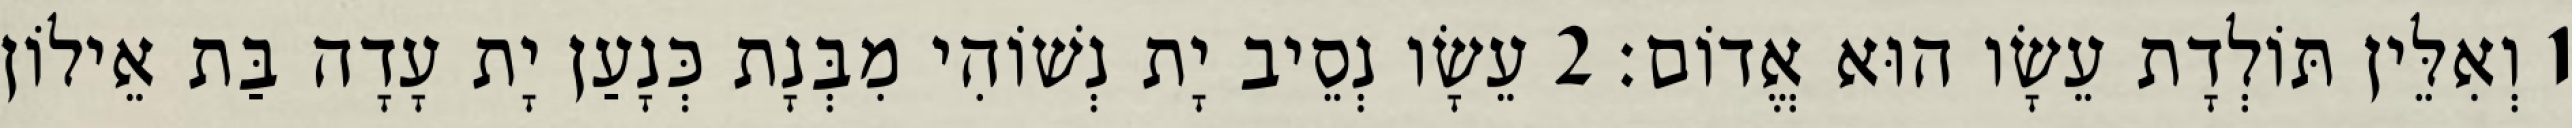
1 וְאִלֵּין תּוֹלְדָת עֵשָׂו הוּא אֱדוֹם׃ 2 עֵשָׂו נְסֵיב יָת נְשׁוֹהִי מִבְּנָת כְּנָעַן יָת עָדָה בַּת אֵילוֹן